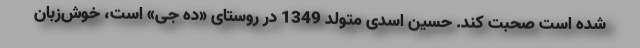
شده است صحبت کند. حسین اسدی متولد 1349 در روستای «ده جی» است، خوش‌زبان